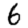
Digit: 6